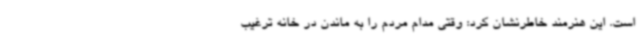
است. این هنرمند خاطرنشان کرد: وقتی مدام مردم را به ماندن در خانه ترغیب